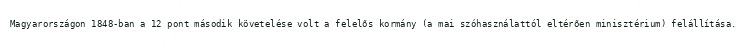
Magyarországon 1848-ban a 12 pont második követelése volt a felelős kormány (a mai szóhasználattól eltérően minisztérium) felállítása.